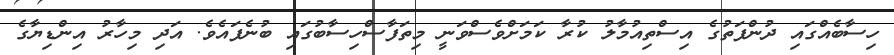
ހިސާބެއްގައި ދުންފަތުގެ އިސްތިއުމާލު ކުރާ ކަމަށްވެސްވަނީ މިތަފާސްހިސާބުގައި ބުނެފައެވެ. އަދި މިހާރު އިންޑިޔާގެ